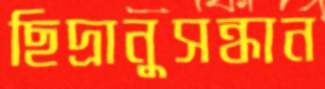
ছিদ্রানুসন্ধান